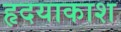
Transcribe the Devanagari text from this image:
हृदयाकाश